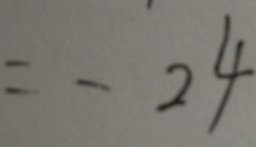
= - 2 4